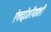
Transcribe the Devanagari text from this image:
ऐत्तद्देशीयांशी